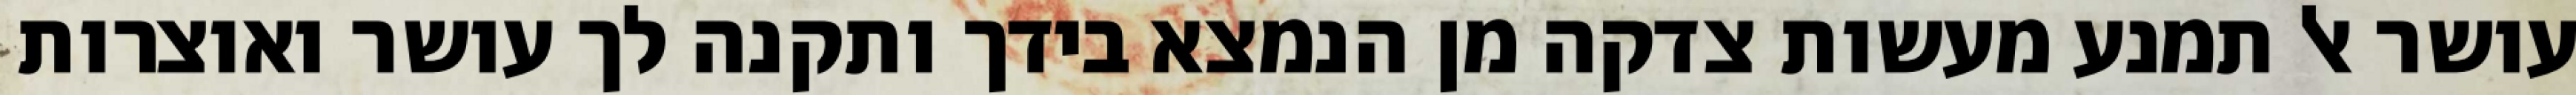
עושר אל תמנע מעשות צדקה מן הנמצא בידך ותקנה לך עושר ואוצרות